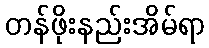
တန်ဖိုးနည်းအိမ်ရာ